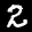
Label: 2